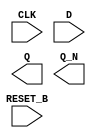
module sky130_fd_sc_hs__dfrbp (
    RESET_B,
    CLK    ,
    D      ,
    Q      ,
    Q_N
);

    input  RESET_B;
    input  CLK    ;
    input  D      ;
    output Q      ;
    output Q_N    ;

    // Voltage supply signals
    supply1 VPWR;
    supply0 VGND;

endmodule